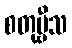
စတုဗ္ဗီသ